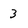
Character: 3